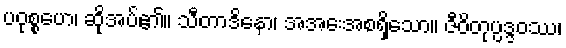
ပဝုစ္စဟေ၊ ဆိုအပ်၏။ သီတာဒိနော၊ အအေးအစရှိသော။ ဇီဝိတုပ္ပဒ္ဒဝဿ၊